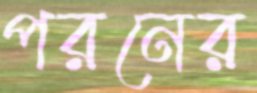
পরনের